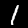
Label: 1